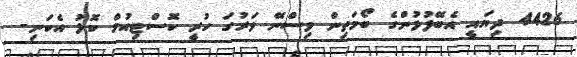
4426 ދިޔައީ އެބޭފުޅުންގެ ބޯމަތިން ވިސްނޭ ވަރުގަ ހުރީ ކޮސްޓިއުމް ކޮޅު އެކަނި-